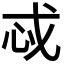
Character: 𫻪